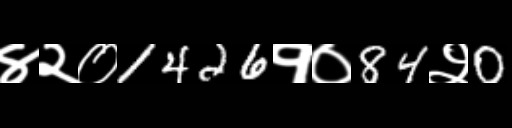
Text: ४२०1426१०84२0